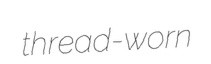
thread-worn